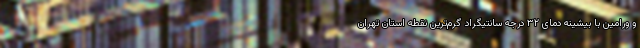
و ورامین با بیشینه دمای ۳۲ درجه سانتیگراد گرم‌ترین نقطه استان تهران